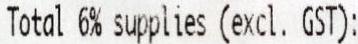
TOTAL 6% SUPPLIES (EXCL. GST):